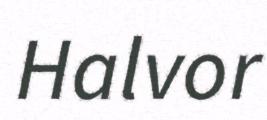
Halvor